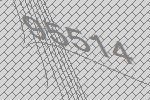
95514